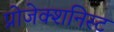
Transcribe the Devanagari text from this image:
प्रोजेक्शनिस्ट